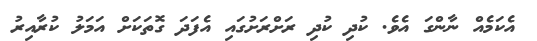
އެކަމެއް ނާންގަ އެވެ. ކުދި ކުދި ރަށްރަށުގައި އެފަދަ ގޮތަކަށް އަމަލު ކުރާއިރު